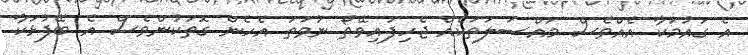
އެ ގައުމަކާ އެއްވެސް މައްސަލަތަކެއް ޖެހިފައިވޭތޯ ނުވަތަ އެހެން ގޮތަކުންވެސް އެ ބޭފުޅަކާ